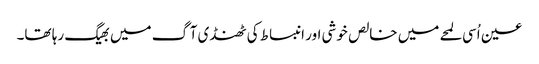
عین اُسی لمحے میں خالص خوشی اور انبساط کی ٹھنڈی آگ میں بھیگ رہا تھا۔